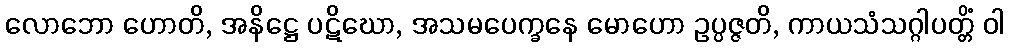
လောဘော ဟောတိ, အနိဋ္ဌေ ပဋိဃော, အသမပေက္ခနေ မောဟော ဥပ္ပဇ္ဇတိ, ကာယသံသဂ္ဂါပတ္တိံ ဝါ